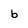
Character: b